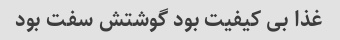
غذا بی کیفیت بود گوشتش سفت بود